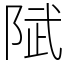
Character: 陚